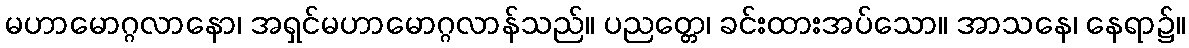
မဟာမောဂ္ဂလာနော၊ အရှင်မဟာမောဂ္ဂလာန်သည်။ ပညတ္တေ၊ ခင်းထားအပ်သော။ အာသနေ၊ နေရာ၌။